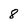
Character: 8